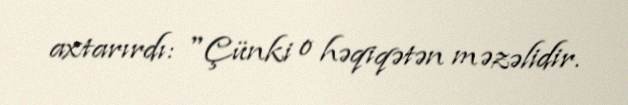
axtarırdı: "Çünki o həqiqətən məzəlidir.